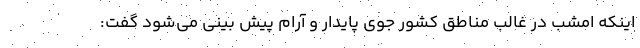
اینکه امشب در غالب مناطق کشور جوی پایدار و آرام پیش بینی می‌شود گفت: